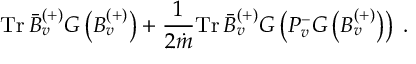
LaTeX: \mathrm { T r } \, \bar { B } _ { v } ^ { ( + ) } G \left( B _ { v } ^ { ( + ) } \right) + \frac { 1 } { 2 \dot { m } } \mathrm { T r } \, \bar { B } _ { v } ^ { ( + ) } G \left( P _ { v } ^ { - } G \left( B _ { v } ^ { ( + ) } \right) \right) \; .